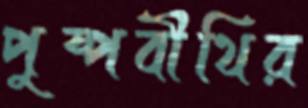
পুষ্পবীথির